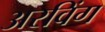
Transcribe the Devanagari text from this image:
अरविंग